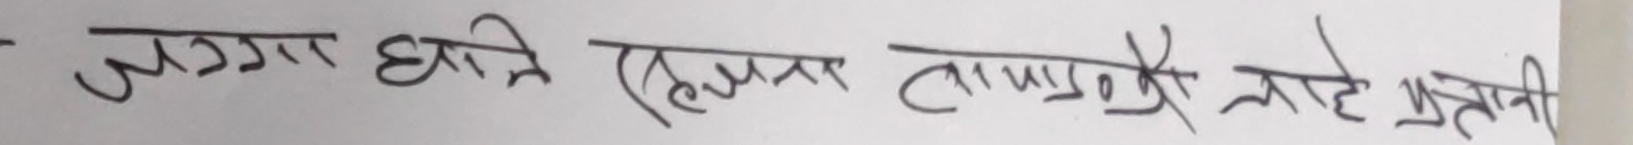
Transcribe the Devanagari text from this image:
जग्गा क्षति रहनसहन तापक्रमो लोहे प्रजनी